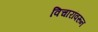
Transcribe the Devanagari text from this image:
विचारांवरून